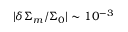
\vert \delta \Sigma _ { m } / \Sigma _ { 0 } \vert \sim 1 0 ^ { - 3 }